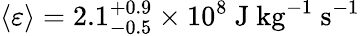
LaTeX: \left\langle\varepsilon\right\rangle=2.1_{-0.5}^{+0.9}\times 10^{8}~\mathrm{J}~\mathrm{kg}^{-1}~\mathrm{s}^{-1}